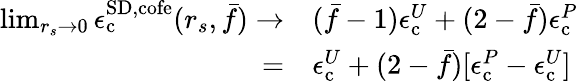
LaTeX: \begin{array}{rl}{\operatorname*{lim}_{r_{s}\to 0}\epsilon_{\mathrm{c}}^{{\mathrm{SD}},\mathrm{cofe}}(r_{s},\bar{f})\to}&{(\bar{f}-1)\epsilon_{\mathrm{c}}^{U}+(2-\bar{f})\epsilon_{\mathrm{c}}^{P}}\\ {=}&{\epsilon_{\mathrm{c}}^{U}+(2-\bar{f})[\epsilon_{\mathrm{c}}^{P}-\epsilon_{\mathrm{c}}^{U}]}\end{array}